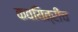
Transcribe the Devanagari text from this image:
कवयित्रीच